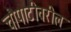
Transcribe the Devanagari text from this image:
चौपाटीवरील